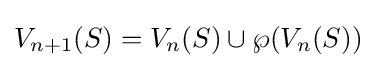
V_{n+1}(S)=V_{n}(S)\cup \wp (V_{n}(S))